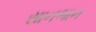
સાનભાન